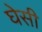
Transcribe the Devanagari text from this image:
घेसी